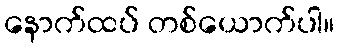
နောက်ထပ် တစ်ယောက်ပါ။